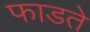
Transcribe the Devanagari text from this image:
फाडते